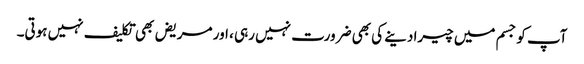
آپ کو جسم میں چیرا دینے کی بھی ضرورت نہیں رہی ، اور مریض بھی تکلیف نہیں ہوتی۔